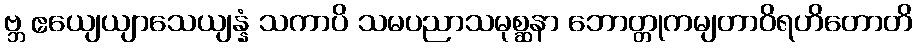
ဗ္ဘ ဧယျေယျာသေယျန္နံ သကာပိ သမပညာသမုစ္ဆနာ ဘောတ္တုကမျတာဝိရဟိတောတိ